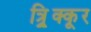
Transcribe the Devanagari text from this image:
त्र्र्र्रिक्कूर